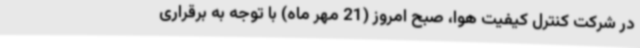
در شرکت کنترل کیفیت هوا، صبح امروز (21 مهر ماه) با توجه به برقراری